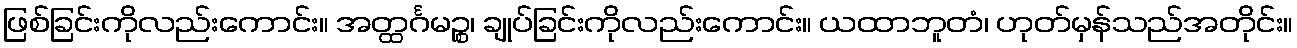
ဖြစ်ခြင်းကိုလည်းကောင်း။ အတ္ထင်္ဂမဉ္စ၊ ချုပ်ခြင်းကိုလည်းကောင်း။ ယထာဘူတံ၊ ဟုတ်မှန်သည်အတိုင်း။